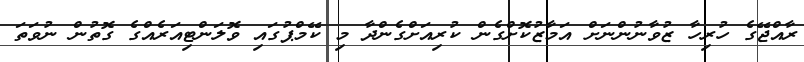
ރާއްޖޭގެ ހުރިހާ ޒުވާނުންނަށް އަމާޒުކޮށްގެން ކުރިއަށްގެންދާ މި ކޭމްޕުގައި ވޮލަންޓިއަރެއްގެ ގޮތުން ނުވަތަ